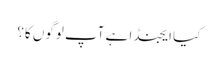
کیا ایجنڈا ہے آپ لوگوں کا؟